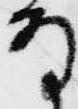
な